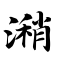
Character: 潲